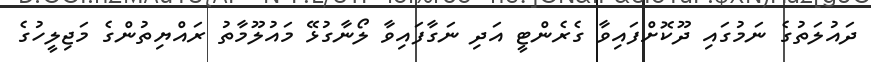
ދައުލަތުގެ ނަމުގައި ދޫކޮށްފައިވާ ގެރެންޓީ އަދި ނަގާފައިވާ ލޯނާގުޅޭ މައުލޫމާތު ރައްޔިތުންގެ މަޖިލީހުގެ